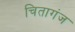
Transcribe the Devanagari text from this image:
चितागंज